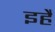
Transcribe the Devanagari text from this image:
इहैं